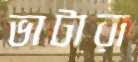
ভাটারা